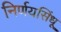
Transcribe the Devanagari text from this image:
निर्णयसिंधू